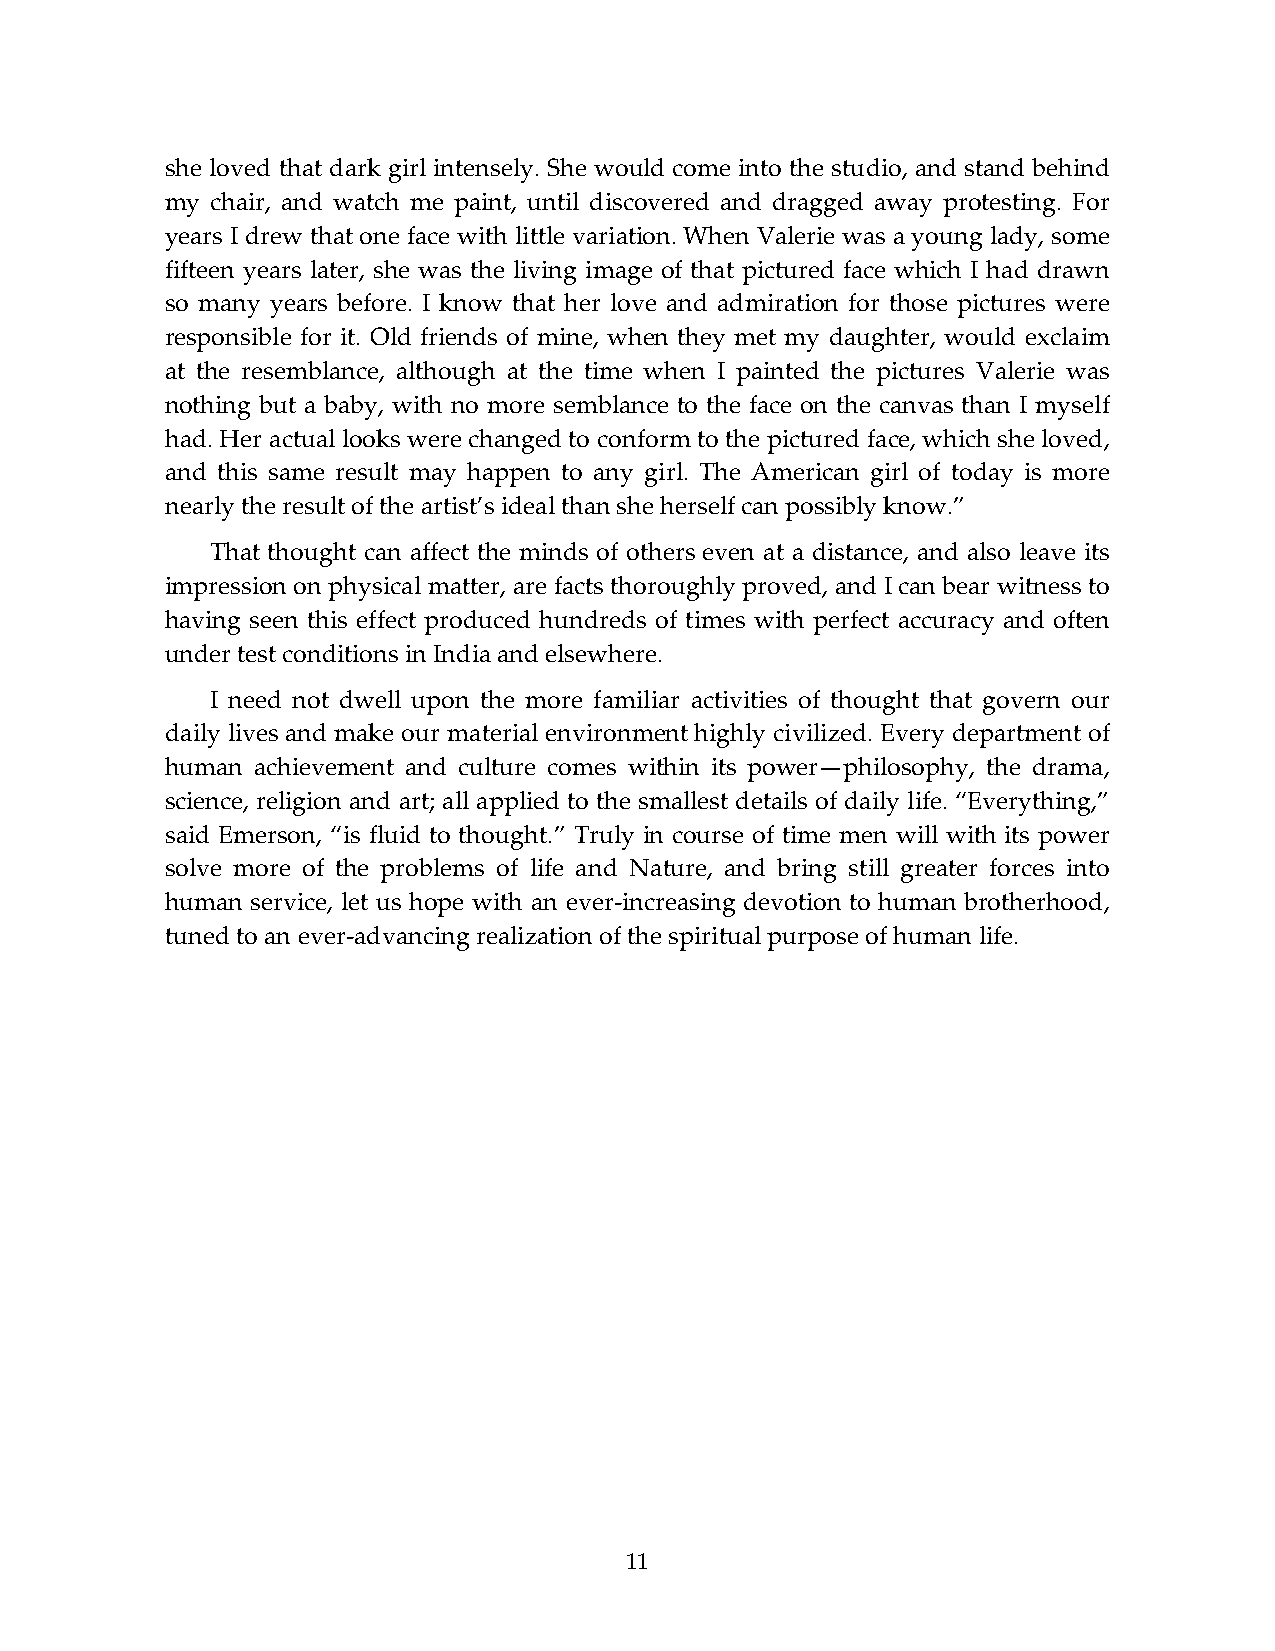
she loved that dark girl intensely. She would come into the studio, and stand behind
 my chair, and watch me paint, until discovered and dragged away protesting. For
 years I drew that one face with little variation. When Valerie was a young lady, some
 fifteen years later, she was the living image of that pictured face which I had drawn
 so many years before. I know that her love and admiration for those pictures were
 responsible for it. Old friends of mine, when they met my daughter, would exclaim
 at the resemblance, although at the time when I painted the pictures Valerie was
 nothing but a baby, with no more semblance to the face on the canvas than I myself
 had. Her actual looks were changed to conform to the pictured face, which she loved,
 and this same result may happen to any girl. The American girl of today is more
 nearly the result of the artist’s ideal than she herself can possibly know.”
 That thought can affect the minds of others even at a distance, and also leave its
 impression on physical matter, are facts thoroughly proved, and I can bear witness to
 having seen this effect produced hundreds of times with perfect accuracy and often
 under test conditions in India and elsewhere.
 I need not dwell upon the more familiar activities of thought that govern our
 daily lives and make our material environment highly civilized. Every department of
 human achievement and culture comes within its power—philosophy, the drama,
 science, religion and art; all applied to the smallest details of daily life. “Everything,”
 said Emerson, “is fluid to thought.” Truly in course of time men will with its power
 solve more of the problems of life and Nature, and bring still greater forces into
 human service, let us hope with an ever-increasing devotion to human brotherhood,
 tuned to an ever-advancing realization of the spiritual purpose of human life.
 11